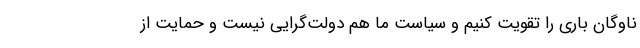
ناوگان باری را تقویت کنیم و سیاست ما هم دولت‌گرایی نیست و حمایت از